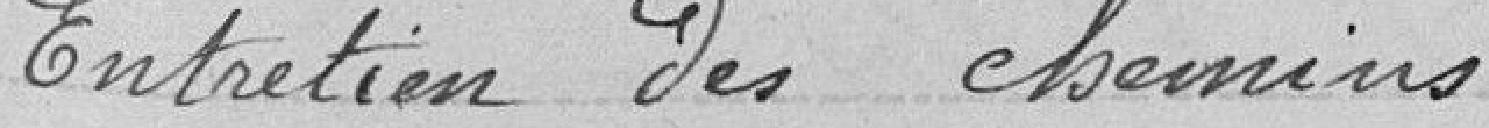
Entretien des chemins